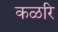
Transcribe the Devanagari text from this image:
कळरि